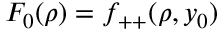
F _ { 0 } ( \rho ) = f _ { + + } ( \rho , y _ { 0 } )